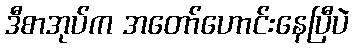
ဒီစာအုပ်က အတော်ဟောင်းနေပြီပဲ